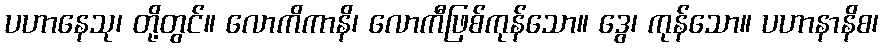
ပဟာနေသု၊ တို့တွင်။ လောကိကာနိ၊ လောကီဖြစ်ကုန်သော။ ဒွေ၊ ကုန်သော။ ပဟာနာနိစ၊